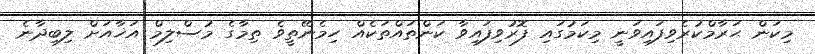
މިކަން ޙަރާމްކުރެވިފައިވަނީ މިކަމުގައި ފޮރުވިފައިވާ ކަންތައްތަކެއް ހިމެނޭތީވެ ތިމާގެ މުސްލިމް އަޚާއަށް ލިބިދާނެ